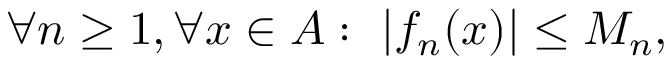
\forall n \geq 1 , \forall x \in A : \ | f _ { n } ( x ) | \leq M _ { n } ,